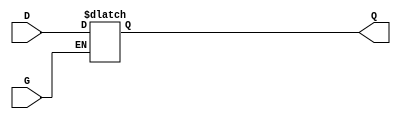
module gated_latch (
    input wire D,    // Data input
    input wire G,    // Gate (enable) signal
    output reg Q     // Output signal
);

// Always block that triggers on changes in D or G
always @* begin
    if (G) begin
        // When gate is high, output follows input
        Q = D;  
    end
    // When gate is low, output holds its previous value
end

endmodule